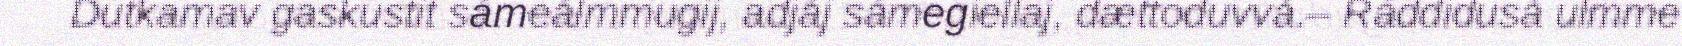
Dutkamav gaskustit sámeálmmugij, adjáj sámegiellaj, dættoduvvá.– Ráddidusá ulmme